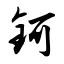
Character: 钶